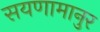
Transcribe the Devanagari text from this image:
सयणामानुर